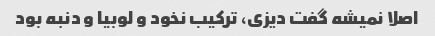
اصلا نمیشه گفت دیزی، ترکیب نخود و لوبیا و دنبه بود